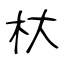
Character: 杕